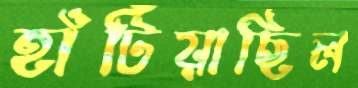
হাঁটিয়াছিল